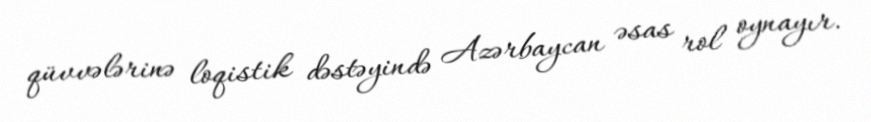
qüvvələrinə loqistik dəstəyində Azərbaycan əsas rol oynayır.